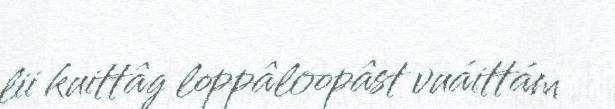
lii kuittâg loppâloopâst vuáittám